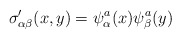
\begin{align*}\sigma'_{\alpha\beta} (x,y)=\psi_{\alpha}^{a}(x)\psi_{\beta}^{a}(y)\end{align*}